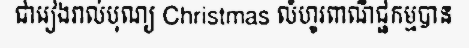
ជារៀងរាល់បុណ្យ Christmas លំហូរពាណិជ្ជកម្មបាន